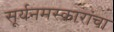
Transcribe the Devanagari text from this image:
सूर्यनमस्कारांचा